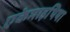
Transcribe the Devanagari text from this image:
एकेमाइथिया